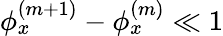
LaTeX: \phi_{x}^{(m+1)}-\phi_{x}^{(m)}\ll 1